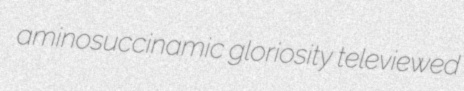
aminosuccinamic gloriosity televiewed